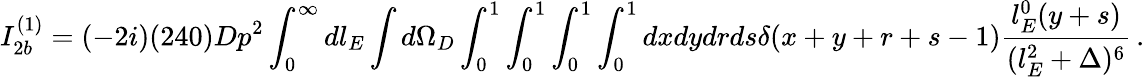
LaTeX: I_{2b}^{(1)}=(-2i)(240)Dp^{2}\int_{0}^{\infty}dl_{E}\int d\Omega_{D}\int_{0}^{1}\int_{0}^{1}\int_{0}^{1}\int_{0}^{1}dxdydrds\delta(x+y+r+s-1)\frac{l_{E}^{0}(y+s)}{(l_{E}^{2}+\Delta)^{6}}\, .